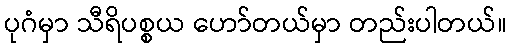
ပုဂံမှာ သီရိပစ္စယ ဟော်တယ်မှာ တည်းပါတယ်။